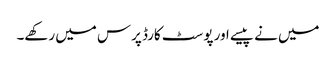
میں نے پیسے اور پوسٹ کارڈ پرس میں رکھے۔